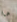
ما